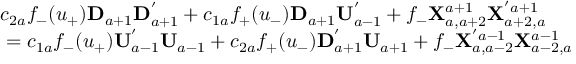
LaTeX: \begin{array} { l } { { c _ { 2 a } f _ { - } ( u _ { + } ) { \bf D } _ { a + 1 } { \bf D } _ { a + 1 } ^ { ' } + c _ { 1 a } f _ { + } ( u _ { - } ) { \bf D } _ { a + 1 } { \bf U } _ { a - 1 } ^ { ' } + f _ { - } { \bf X } _ { a , a + 2 } ^ { a + 1 } { \bf X } _ { a + 2 , a } ^ { ' a + 1 } } } \\ { { \mathrm { } = c _ { 1 a } f _ { - } ( u _ { + } ) { \bf U } _ { a - 1 } ^ { ' } { \bf U } _ { a - 1 } + c _ { 2 a } f _ { + } ( u _ { - } ) { \bf D } _ { a + 1 } ^ { ' } { \bf U } _ { a + 1 } + f _ { - } { \bf X } _ { a , a - 2 } ^ { ' a - 1 } { \bf X } _ { a - 2 , a } ^ { a - 1 } } } \end{array}